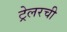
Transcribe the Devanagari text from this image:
ट्रेलरची